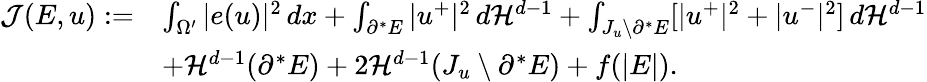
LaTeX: \begin{array}{rl}{{\mathcal J}(E,u):=}&{\int_{\Omega^{\prime}}|e(u)|^{2}\, dx+\int_{\partial^{*}E}|u^{+}|^{2}\, d{\mathcal{H}}^{d-1}+\int_{J_{u}\setminus\partial^{*}E}[|u^{+}|^{2}+|u^{-}|^{2}]\, d{\mathcal{H}}^{d-1}}\\ &{+{\mathcal{H}}^{d-1}(\partial^{*}E)+2{\mathcal{H}}^{d-1}(J_{u}\setminus\partial^{*}E)+f(|E|).}\end{array}